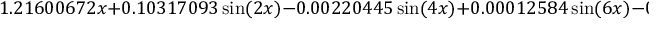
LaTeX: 1 . 2 1 6 0 0 6 7 2 x + 0 . 1 0 3 1 7 0 9 3 \sin ( 2 x ) - 0 . 0 0 2 2 0 4 4 5 \sin ( 4 x ) + 0 . 0 0 0 1 2 5 8 4 \sin ( 6 x ) - 0 . 0 0 0 0 1 0 1 1 \sin ( 8 x ) + \cdots